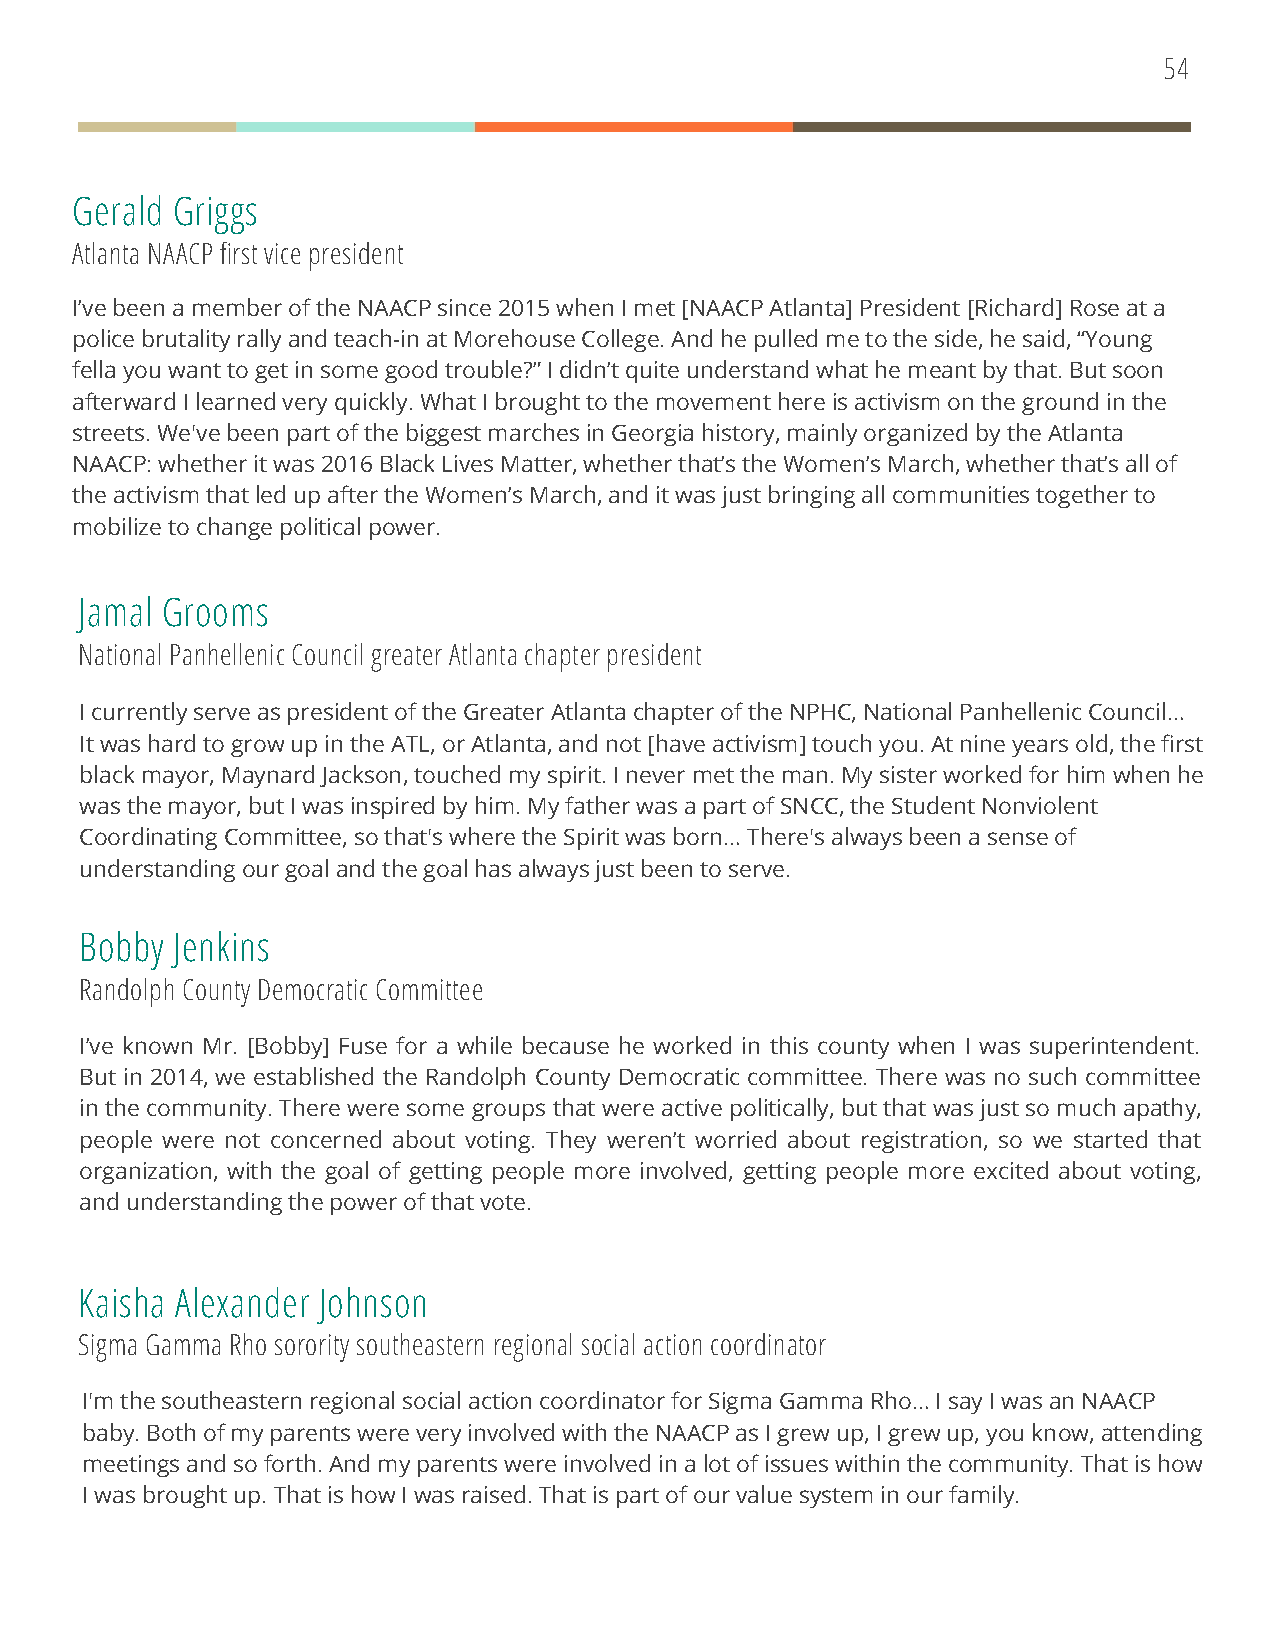
54
 Gerald Griggs
 Atlanta NAACP first vice president
 I’ve been a member of the NAACP since 2015 when I met [NAACP Atlanta] President [Richard] Rose at a
 police brutality rally and teach-in at Morehouse College. And he pulled me to the side, he said, “Young
 fella you want to get in some good trouble?” I didn’t quite understand what he meant by that. But soon
 afterward I learned very quickly. What I brought to the movement here is activism on the ground in the
 streets. We've been part of the biggest marches in Georgia history, mainly organized by the Atlanta
 NAACP: whether it was 2016 Black Lives Matter, whether that’s the Women’s March, whether that’s all of
 the activism that led up after the Women’s March, and it was just bringing all communities together to
 mobilize to change political power.
 Jamal Grooms
 National Panhellenic Council greater Atlanta chapter president
 I currently serve as president of the Greater Atlanta chapter of the NPHC, National Panhellenic Council…
 It was hard to grow up in the ATL, or Atlanta, and not [have activism] touch you. At nine years old, the first
 black mayor, Maynard Jackson, touched my spirit. I never met the man. My sister worked for him when he
 was the mayor, but I was inspired by him. My father was a part of SNCC, the Student Nonviolent
 Coordinating Committee, so that's where the Spirit was born… There's always been a sense of
 understanding our goal and the goal has always just been to serve.
 Bobby Jenkins
 Randolph County Democratic Committee
 I’ve known Mr. [Bobby] Fuse for a while because he worked in this county when I was superintendent.
 But in 2014, we established the Randolph County Democratic committee. There was no such committee
 in the community. There were some groups that were active politically, but that was just so much apathy,
 people were not concerned about voting. They weren’t worried about registration, so we started that
 organization, with the goal of getting people more involved, getting people more excited about voting,
 and understanding the power of that vote.
 Kaisha Alexander Johnson
 Sigma Gamma Rho sorority southeastern regional social action coordinator
 I'm the southeastern regional social action coordinator for Sigma Gamma Rho… I say I was an NAACP
 baby. Both of my parents were very involved with the NAACP as I grew up, I grew up, you know, attending
 meetings and so forth. And my parents were involved in a lot of issues within the community. That is how
 I was brought up. That is how I was raised. That is part of our value system in our family.